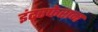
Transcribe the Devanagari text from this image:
इंटरफेरान